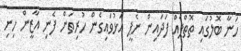
ހަނާ ބޮލުގައި ތޮތްޕެއް ފަދައިން ނެޕީ އަޅުވައިގެން ހުރިތަން ފެނި އާޒީން ހިނި